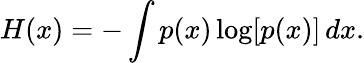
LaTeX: H(x)=-\int p(x)\log[p(x)]\, dx.